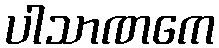
ပါသာဏကေ